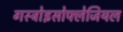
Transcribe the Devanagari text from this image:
गस्ट्रोइसोफ्लेजियल